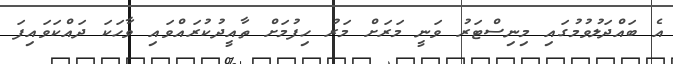
އެ ބައްދަލުވުމުގައި މިނިސްޓަރު ވަނީ މަރަށް މަރު ހިފުމަށް ތާއީދުކުރައްވައި ވާހަކަ ދައްކަވައިފަ